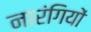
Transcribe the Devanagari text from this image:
नारंगियों